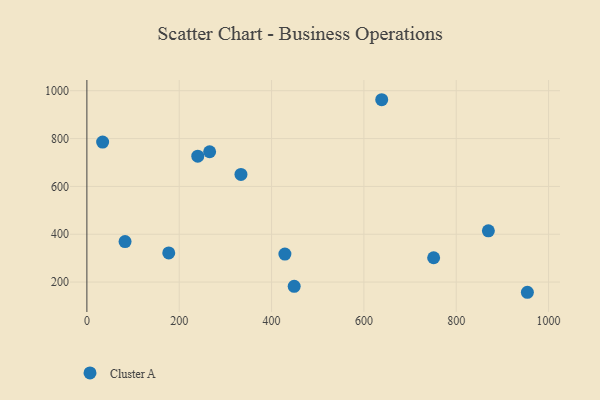
{"axis": {"x": "Price", "y": "Profit"}, "legend": ["Cluster A"], "data": [{"x": "177.3", "y": 322.1, "type": "Cluster A"}, {"x": "34.1", "y": 785.2, "type": "Cluster A"}, {"x": "265.9", "y": 744.8, "type": "Cluster A"}, {"x": "954.1", "y": 157.4, "type": "Cluster A"}, {"x": "638.6", "y": 962.4, "type": "Cluster A"}, {"x": "449.0", "y": 182.2, "type": "Cluster A"}, {"x": "869.6", "y": 414.1, "type": "Cluster A"}, {"x": "428.9", "y": 317.3, "type": "Cluster A"}, {"x": "82.7", "y": 369.5, "type": "Cluster A"}, {"x": "240.2", "y": 726.5, "type": "Cluster A"}, {"x": "333.7", "y": 650.3, "type": "Cluster A"}, {"x": "751.1", "y": 301.8, "type": "Cluster A"}]}